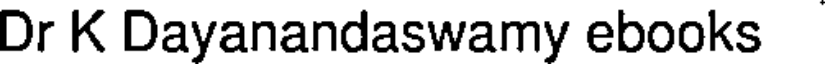
Dr K Dayanandaswamy ebooks